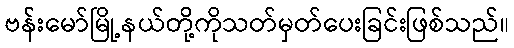
ဗန်းမော်မြို့နယ်တို့ကိုသတ်မှတ်ပေးခြင်းဖြစ်သည်။